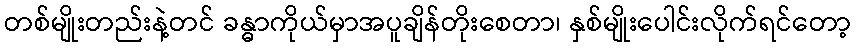
တစ်မျိုးတည်းနဲ့တင် ခန္ဓာကိုယ်မှာအပူချိန်တိုးစေတာ၊ နှစ်မျိုးပေါင်းလိုက်ရင်တော့